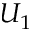
U _ { 1 }